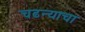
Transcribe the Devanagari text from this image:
चढन्याचा